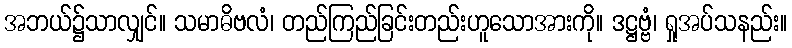
အဘယ်၌သာလျှင်။ သမာဓိဗလံ၊ တည်ကြည်ခြင်းတည်းဟူသောအားကို။ ဒဋ္ဌဗ္ဗံ၊ ရှုအပ်သနည်း။